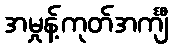
အမှုန့်ကုတ်အင်္ကျီ